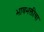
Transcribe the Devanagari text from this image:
भावभक्तीचा